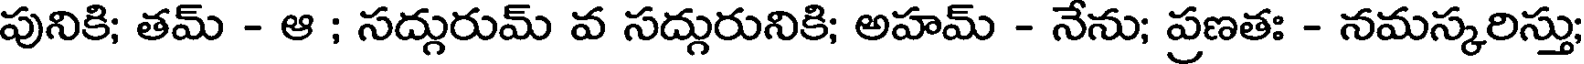
పునికి; తమ్ - ఆ ; సద్గురుమ్ వ సద్గురునికి; అహమ్ - నేను; ప్రణతః - నమస్కరిస్తు